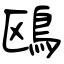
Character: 鴎